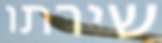
שירתו